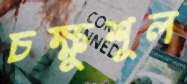
চক্ষুশূল